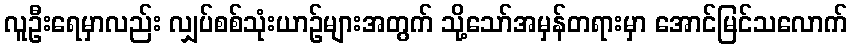
လူဦးရေမှာလည်း လျှပ်စစ်သုံးယာဉ်များအတွက် သို့သော်အမှန်တရားမှာ အောင်မြင်သလောက်